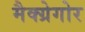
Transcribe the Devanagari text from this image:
मैक्ग्रेगोर